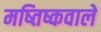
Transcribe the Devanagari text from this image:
मष्तिष्कवाले